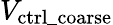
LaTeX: V_{\mathrm{ctrl\_ coarse}}